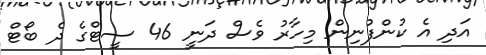
އަދި އެ ކުންފުނިން މިހާރު ވެސް ދަނީ 46 ސީޓްގެ ދެ ބޯޓް